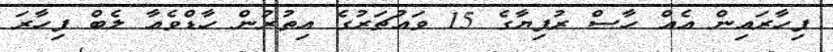
ފިހާރައިން އެއް ހާސް ރުފިޔާގެ 15 ވައުޗަރުގެ އިތުރުން ހާޑްވެއާ ލެބް ފިހާރަ